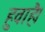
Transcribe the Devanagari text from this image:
हुवाहै।